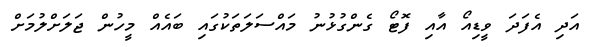
އަދި އެފަދަ ވީޑިއޯ އާއި ފޮޓޯ ގެންގުޅުނު މައްސަލަތަކުގައި ބައެއް މީހުން ޖަލަށްލުމަށް